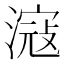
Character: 滱